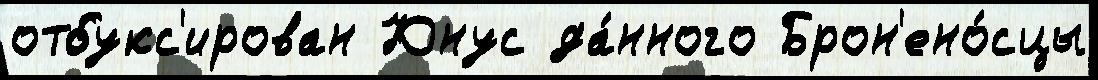
отбукс'ирован Юнус да́нного Брон'ено́сцы